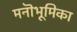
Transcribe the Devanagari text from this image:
मनॊभूमिका